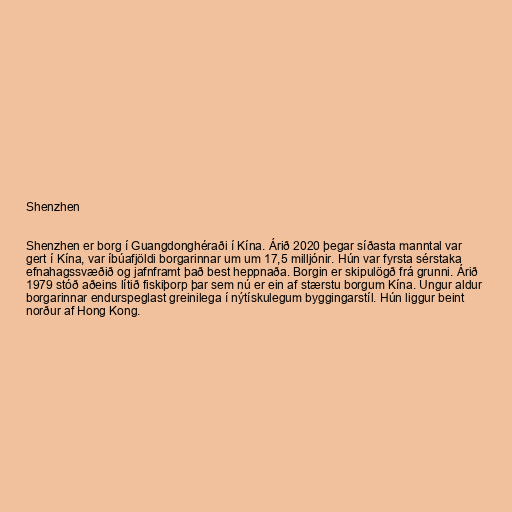
Shenzhen

Shenzhen er borg í Guangdonghéraði í Kína. Árið 2020 þegar síðasta manntal var
gert í Kína, var íbúafjöldi borgarinnar um um 17,5 milljónir. Hún var fyrsta sérstaka
efnahagssvæðið og jafnframt það best heppnaða. Borgin er skipulögð frá grunni. Árið
1979 stóð aðeins lítið fiskiþorp þar sem nú er ein af stærstu borgum Kína. Ungur aldur
borgarinnar endurspeglast greinilega í nýtískulegum byggingarstíl. Hún liggur beint
norður af Hong Kong.